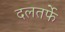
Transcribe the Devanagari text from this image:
दलतर्फे